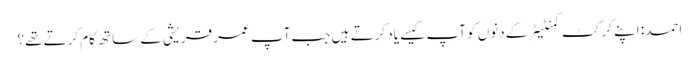
احمد: اپنے کرکٹ کمنٹیٹر کے دنوں کو آپ کیسے یاد کرتے ہیں جب آپ عمر قریشی کے ساتھ کام کرتے تھے؟